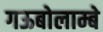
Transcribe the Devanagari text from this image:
गऊबोलाम्बे